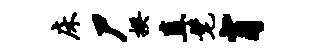
床尸揆直髦肖